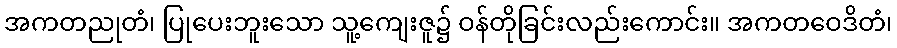
အကတညုတံ၊ ပြုပေးဘူးသော သူ့ကျေးဇူ၌ ဝန်တိုခြင်းလည်းကောင်း။ အကတဝေဒိတံ၊